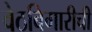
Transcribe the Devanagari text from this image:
वेठबिगारीची